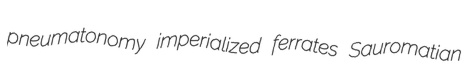
pneumatonomy imperialized ferrates Sauromatian